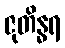
ဇုတိန္ဓရ